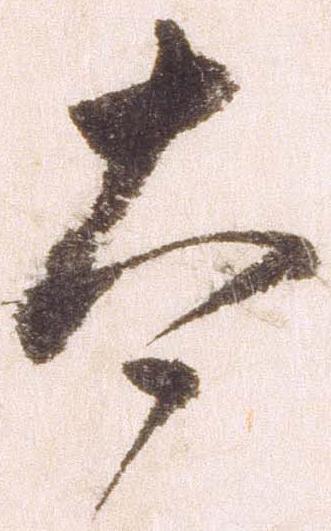
太